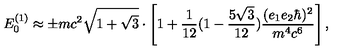
E _ { 0 } ^ { ( 1 ) } \approx \pm m c ^ { 2 } \sqrt { 1 + \sqrt { 3 } } \cdot \left[ 1 + \frac { 1 } { 1 2 } ( 1 - \frac { 5 \sqrt { 3 } } { 1 2 } ) \frac { ( e _ { 1 } e _ { 2 } { \hbar } ) ^ { 2 } } { m ^ { 4 } c ^ { 6 } } \right] ,